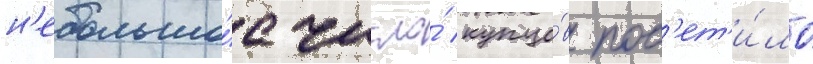
н'ебольшо́е число́ купцо́в пос'ет'и́ло